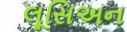
લૂસિઅન